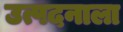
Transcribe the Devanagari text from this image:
उत्पदनाला